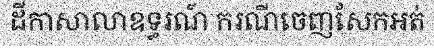
ដីកាសាលាឧទ្ធរណ៍ ករណីចេញសែកអត់